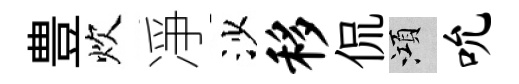
豊炊凈沙移侃澒吮